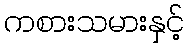
ကစားသမားနှင့်